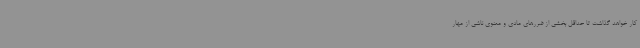
کار خواهد گذاشت تا حداقل بخشی از ضررهای مادی و معنوی ناشی از مهار